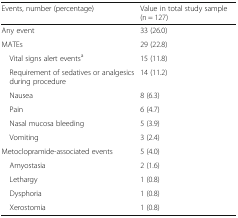
<table><thead><tr><td><b>Events, number (percentage)</b></td><td><b>Value in total study sample (n = 127)</b></td></tr></thead><tbody><tr><td>Any event</td><td>33 (26.0)</td></tr><tr><td>MATEs</td><td>29 (22.8)</td></tr><tr><td> Vital signs alert events<sup>a</sup></td><td>15 (11.8)</td></tr><tr><td> Requirement of sedatives or analgesics during procedure</td><td>14 (11.2)</td></tr><tr><td> Nausea</td><td>8 (6.3)</td></tr><tr><td> Pain</td><td>6 (4.7)</td></tr><tr><td> Nasal mucosa bleeding</td><td>5 (3.9)</td></tr><tr><td> Vomiting</td><td>3 (2.4)</td></tr><tr><td>Metoclopramide-associated events</td><td>5 (4.0)</td></tr><tr><td> Amyostasia</td><td>2 (1.6)</td></tr><tr><td> Lethargy</td><td>1 (0.8)</td></tr><tr><td> Dysphoria</td><td>1 (0.8)</td></tr><tr><td> Xerostomia</td><td>1 (0.8)</td></tr></tbody></table>